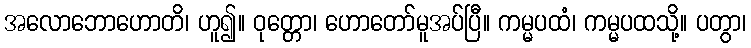
အလောဘောဟောတိ၊ ဟူ၍။ ဝုတ္တော၊ ဟောတော်မူအပ်ပြီ။ ကမ္မပထံ၊ ကမ္မပထသို့။ ပတွာ၊